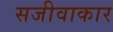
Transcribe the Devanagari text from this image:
सजीवाकार